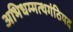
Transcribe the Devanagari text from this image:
अभिधम्मत्थगंठिपद